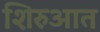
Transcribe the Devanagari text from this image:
शिरुआत